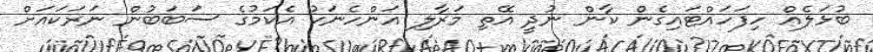
ބުޅަލެއް ހިފަހައްޓައިގެން ކާން ނުދީ އޭތި މަރާލި އަންހެނަކު އެކަމުގެ ސަބަބުން ނަރަކައަށް